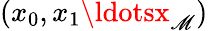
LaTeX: (x_{0},x_{1}\ldotsx_{\mathscr{M}})